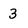
Character: 3